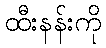
ထီးနန်းကို